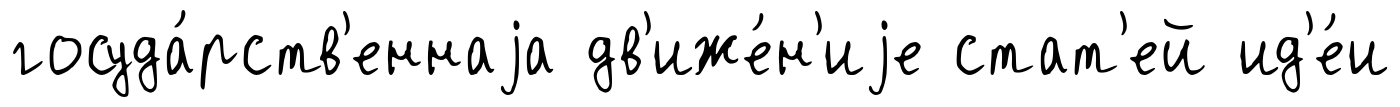
госуда́рств'еннаjа дв'иже́н'иjе стат'ей ид'е́и